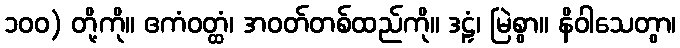
၁၀၀) တို့ကို။ ဧကံဝတ္ထံ၊ အဝတ်တစ်ထည်ကို။ ဒဠှံ၊ မြဲစွာ။ နိဝါသေတွာ၊